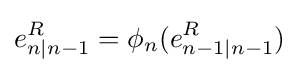
e_{n|n-1}^{R}=\phi _{n}(e_{n-1|n-1}^{R})